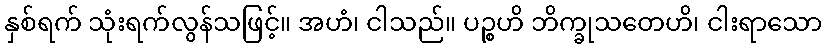
နှစ်ရက် သုံးရက်လွန်သဖြင့်။ အဟံ၊ ငါသည်။ ပဉ္စဟိ ဘိက္ခုသတေဟိ၊ ငါးရာသော